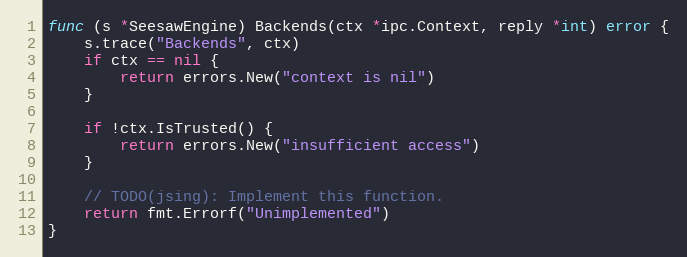
Language: Go
func (s *SeesawEngine) Backends(ctx *ipc.Context, reply *int) error {
	s.trace("Backends", ctx)
	if ctx == nil {
		return errors.New("context is nil")
	}

	if !ctx.IsTrusted() {
		return errors.New("insufficient access")
	}

	// TODO(jsing): Implement this function.
	return fmt.Errorf("Unimplemented")
}